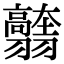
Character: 𦒭